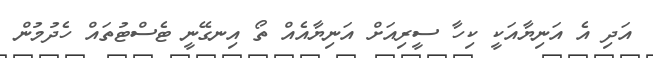
އަދި އެ އަނިޔާއަކީ ކިހާ ސީރިއަށް އަނިޔާއެއް ތޯ އިނގޭނީ ޓެސްޓުތައް ހެދުމުން